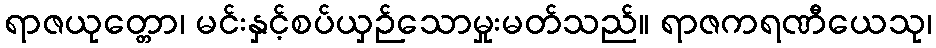
ရာဇယုတ္တော၊ မင်းနှင့်စပ်ယှဉ်သောမှုးမတ်သည်။ ရာဇကရဏီယေသု၊